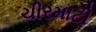
ચીરમાટી